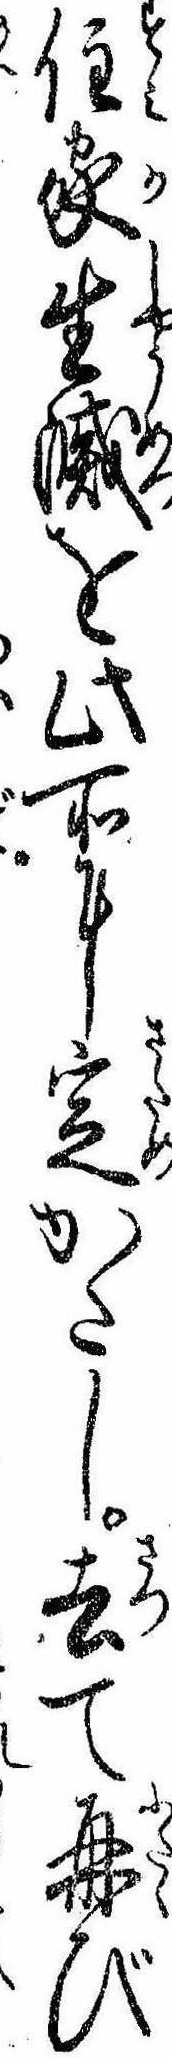
住家生滅を此所に定かたし去て再び